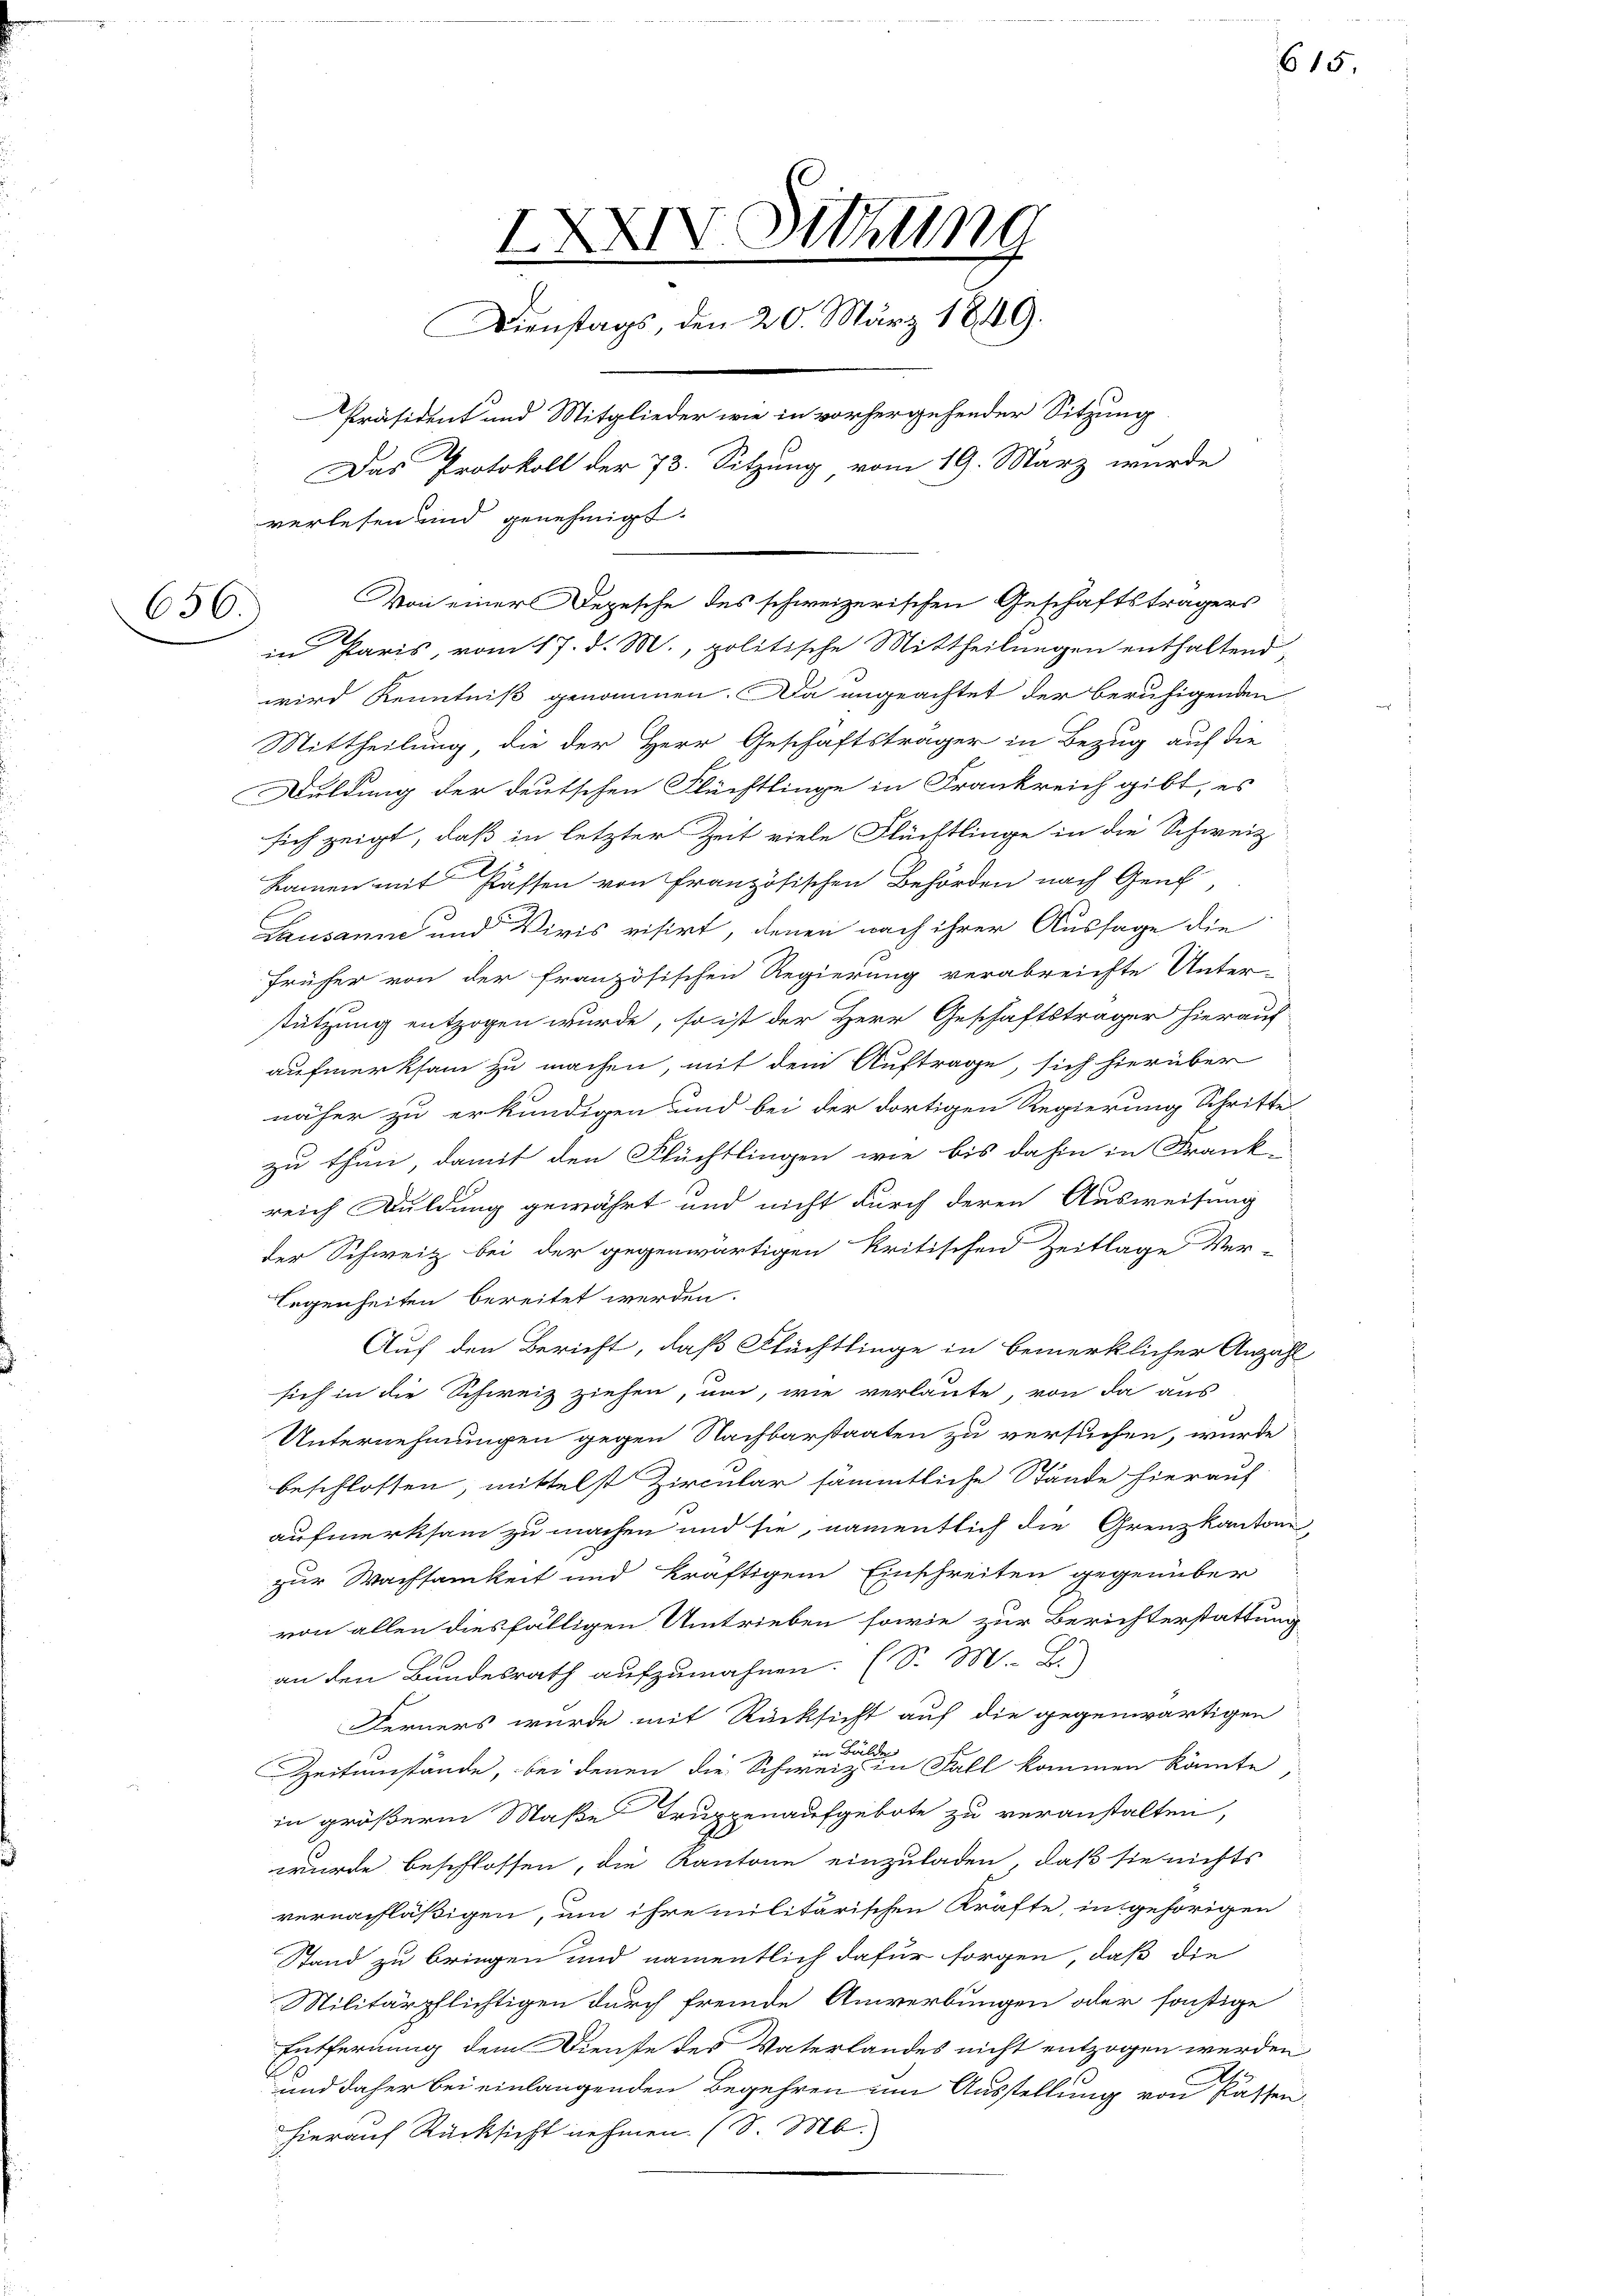
656

IXXIV Sitzung
Dienstags, den 20. März 1849.
Präsident und Mitglieder wie in vorhergehender Sitzung
Das Protokoll der 73. Sitzung vom 19. März wurde
verlesen und genehmigt.

Von einer Depesche des schweizerischen Geschäftsträgers
in Paris, vom 17. d. M., politische Mittheilungen enthaltend,

wird Kenntniß genommen. Da angeachtet der beruhigenden
Mittheilung die der Herr Geschäftsträger in Bezug auf die
Duldung der deutschen Flüchtlinge in Frankreich gibt, es
sich zeigt, daß in letzter Zeit viele Flüchtlinge in die Schweiz
Namen mit Kassen von Französischen Behörden nach Genf
Lausanne und Vivis visirt, denen nach ihrer Aussage die
früher von der französischen Regierung verabreichte Unter-
stützung entzogen wurde, so ist der Herr Geschäftsträger hierauf
aufmerksam zu machen, mit dem Auftrage, sich hierüber
näher zu erkundigen und bei der dortigen Regierung Schritte
zu thun, damit den Flüchtlingen wie bis dahin in Frank-
reich Duldung gewährt und nicht durch deren Ausweisung
der Schweiz bei der gegenwärtigen kritischen Zeitlage Ver-
Legenheiten bereitet werden.
Auf den Bericht, daß Flüchtlinge in bemerklicher Anzahl
sich in die Schweiz ziehen, um, wie verlaute, von da aus
Unternehmungen gegen Nachbarstaaten zu versuchen, wurde
beschlossen, mittelst Zircular sämmtliche Stände hierauf
aufmerksam zu machen und sie, namentlich die Grenzkanton
zur Wachsamkeit und kräftigem Einschreiten gegenüber
von allen diesfälligen Umtrieben sowie zur Berichterstattung
an den Bundesrath aufzumahnen. (S. M. B
Ferners wurde mit Rücksicht auf die gegenwärtigen
Zeitumstände, bei denen die Schweren Fall kommen könnte
in größerm Maße Truppenaufgebote zu veranstalten,
wurde beschlossen, die Kantone einzuladen, daß sie nichts
vernachläßigen, um ihre militärischen Kräfte, in gehörigen
Stand zu bringen und namentlich dafür sorgen, daß die
Militärpflichtigen durch fremde Anwerbungen oder sonstige
Entfernung dem Dienste des Vaterlandes nicht entzogen werden
und daher bei einlangenden Begehren um Ausstellung von Kassen-
hierauf Rücksicht nehmen (S. M.

615.